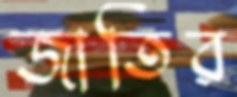
জাতির